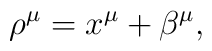
\rho^\mu=x^\mu+\beta^\mu,